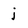
Character: j